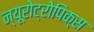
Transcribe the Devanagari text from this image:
न्यूरोट्रोपिक्स